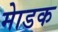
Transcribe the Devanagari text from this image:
माेडक